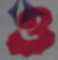
ও